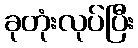
ခုတုံးလုပ်ပြီး